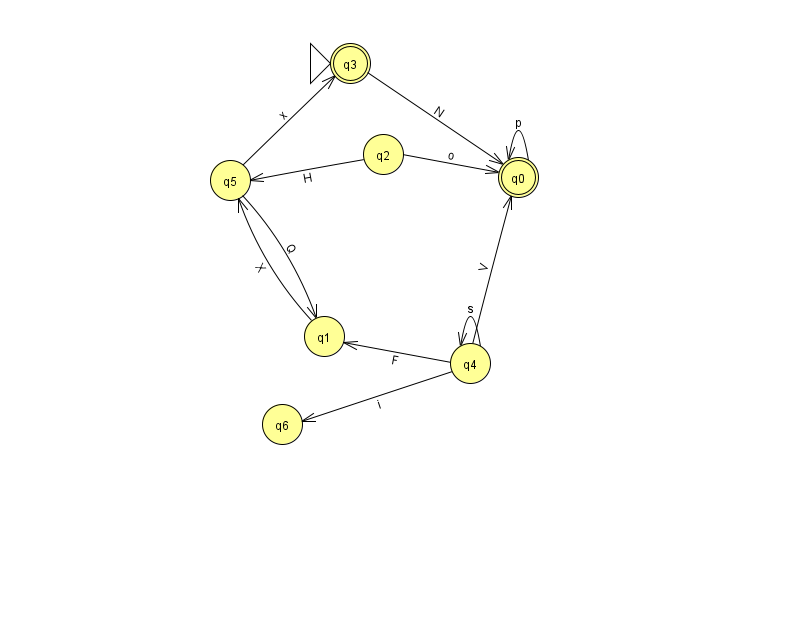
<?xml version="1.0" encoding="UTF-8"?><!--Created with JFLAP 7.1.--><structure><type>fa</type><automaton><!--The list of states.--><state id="0" name="q0"><x>518.0</x><y>164.0</y><final/></state><state id="1" name="q1"><x>324.0</x><y>323.0</y></state><state id="2" name="q2"><x>383.0</x><y>141.0</y></state><state id="3" name="q3"><x>350.0</x><y>50.0</y><initial/><final/></state><state id="4" name="q4"><x>470.0</x><y>350.0</y></state><state id="5" name="q5"><x>230.0</x><y>167.0</y></state><state id="6" name="q6"><x>282.0</x><y>411.0</y></state><!--The list of transitions.--><transition><from>0</from><to>0</to><read>p</read></transition><transition><from>1</from><to>5</to><read>X</read></transition><transition><from>4</from><to>6</to><read>i</read></transition><transition><from>4</from><to>4</to><read>s</read></transition><transition><from>2</from><to>0</to><read>o</read></transition><transition><from>3</from><to>0</to><read>N</read></transition><transition><from>5</from><to>1</to><read>Q</read></transition><transition><from>4</from><to>1</to><read>F</read></transition><transition><from>4</from><to>0</to><read>V</read></transition><transition><from>2</from><to>5</to><read>H</read></transition><transition><from>5</from><to>3</to><read>x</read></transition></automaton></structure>